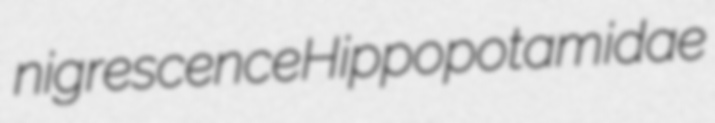
nigrescence Hippopotamidae